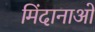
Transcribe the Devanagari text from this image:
मिंदानाओ